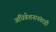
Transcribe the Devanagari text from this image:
अधिवेशनानंतरही